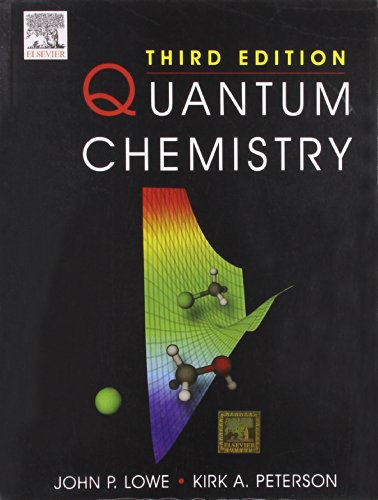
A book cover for Quantum Chemistry 3Ed (Pb); Lowe J.P.; Science & Math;